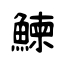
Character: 鰊